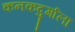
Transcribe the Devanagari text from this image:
कनकदुर्गाला